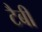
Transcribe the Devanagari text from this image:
टैबी